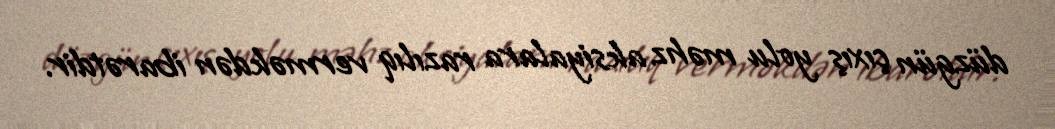
düzgün çıxış yolu məhz aksiyalara razılıq verməkdən ibarətdir.